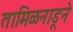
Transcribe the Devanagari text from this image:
तामिळनाडूने